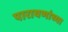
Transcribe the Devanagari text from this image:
पारायणांच्या